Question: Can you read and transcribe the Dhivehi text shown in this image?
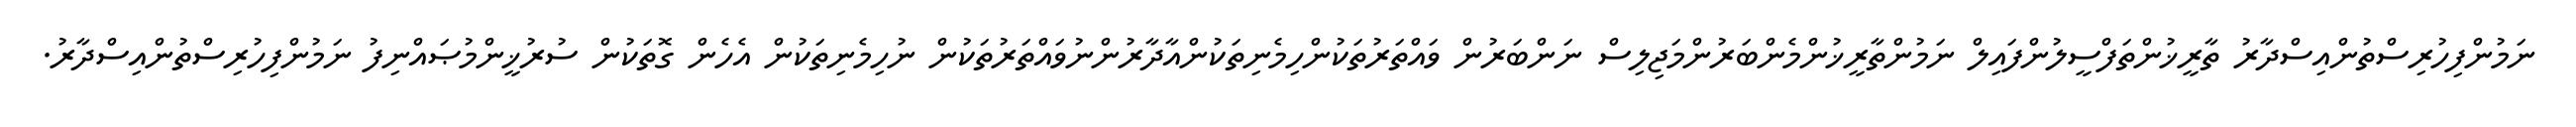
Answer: ނަމުންފިހުރިސްތުންއިސްދާރު ތާރީޚުންތަފްސީލުންފައިލް ނަމުންތާރީޚުންމެންބަރުންމަޖިލިސް ނަންބަރުން ވައްތަރުތަކުންހިމެނިތަކުންއާދާރުންނުވައްތަރުތަކުން ނުހިމެނިތަކުން އެހެން ގޮތަކުން ސުރުޚީންމުޞައްނިފު ނަމުންފިހުރިސްތުންއިސްދާރު.